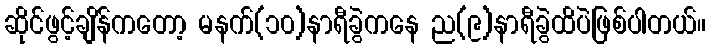
ဆိုင်ဖွင့်ချိန်ကတော့ မနက်(၁၀)နာရီခွဲကနေ ည(၉)နာရီခွဲထိပဲဖြစ်ပါတယ်။